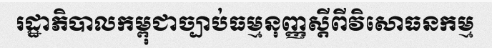
រដ្ឋាភិបាលកម្ពុជាច្បាប់ធម្មនុញ្ញស្តីពីវិសោធនកម្ម